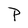
Character: p